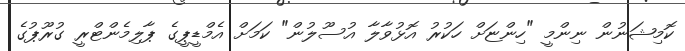
ކޮމިޝަނުން ނިންމީ "ހިންޏަށް ހަކުރު އޮޅުވާލާ އުސޫލުން" ކަމަށް އެމްޑީޕީގެ ޕާލިމެންޓްރީ ގުރޫޕުގެ